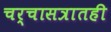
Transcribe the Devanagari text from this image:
चर्चासत्रातही